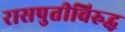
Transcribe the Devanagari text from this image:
रासपुतीविरुद्ध